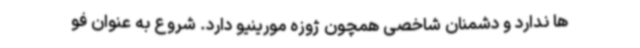
ها ندارد و دشمنان شاخصی همچون ژوزه مورینیو دارد. شروع به عنوان فو